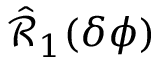
\hat { \mathcal { R } } _ { 1 } ( \delta \phi )